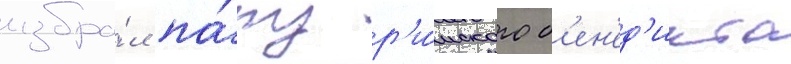
избра́л па́пу р'и́мского б'ен'ед'икта